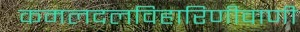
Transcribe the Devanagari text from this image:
कमलदलविहारिणीवाणी